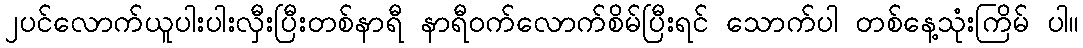
၂ပင်လောက်ယူပါးပါးလှီးပြီးတစ်နာရီ နာရီဝက်လောက်စိမ်ပြီးရင် သောက်ပါ တစ်နေ့သုံးကြိမ် ပါ။